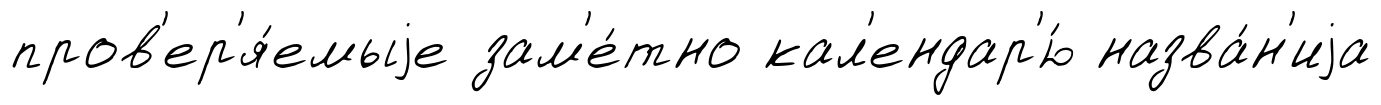
пров'ер'я́емыjе зам'е́тно кал'ендар'ю́ назва́н'иjа